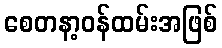
စေတနာ့ဝန်ထမ်းအဖြစ်